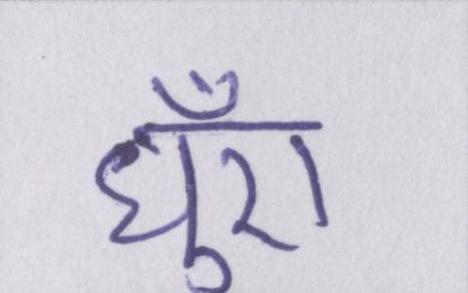
धुँए